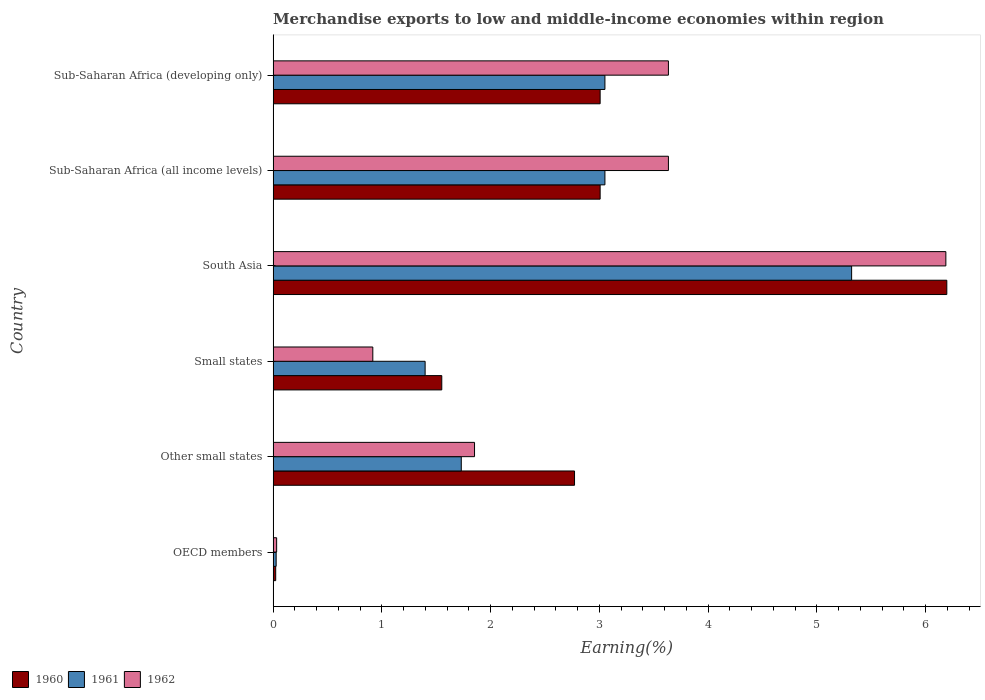
| Country | 1960 | 1961 | 1962 |
 | --- | --- | --- | --- |
 | OECD members | 0.0238 | 0.028 | 0.0324 |
 | Other small states | 2.77 | 1.73 | 1.85 |
 | Small states | 1.55 | 1.4 | 0.917 |
 | South Asia | 6.19 | 5.32 | 6.19 |
 | Sub-Saharan Africa (all income levels) | 3.01 | 3.05 | 3.63 |
 | Sub-Saharan Africa (developing only) | 3.01 | 3.05 | 3.63 |